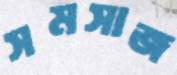
সমসাজ